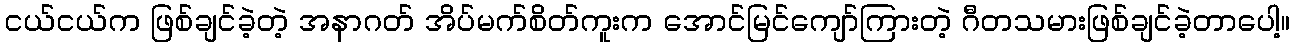
ငယ်ငယ်က ဖြစ်ချင်ခဲ့တဲ့ အနာဂတ် အိပ်မက်စိတ်ကူးက အောင်မြင်ကျော်ကြားတဲ့ ဂီတသမားဖြစ်ချင်ခဲ့တာပေါ့။